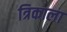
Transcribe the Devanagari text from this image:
त्रिकाला